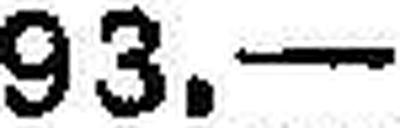
93.—